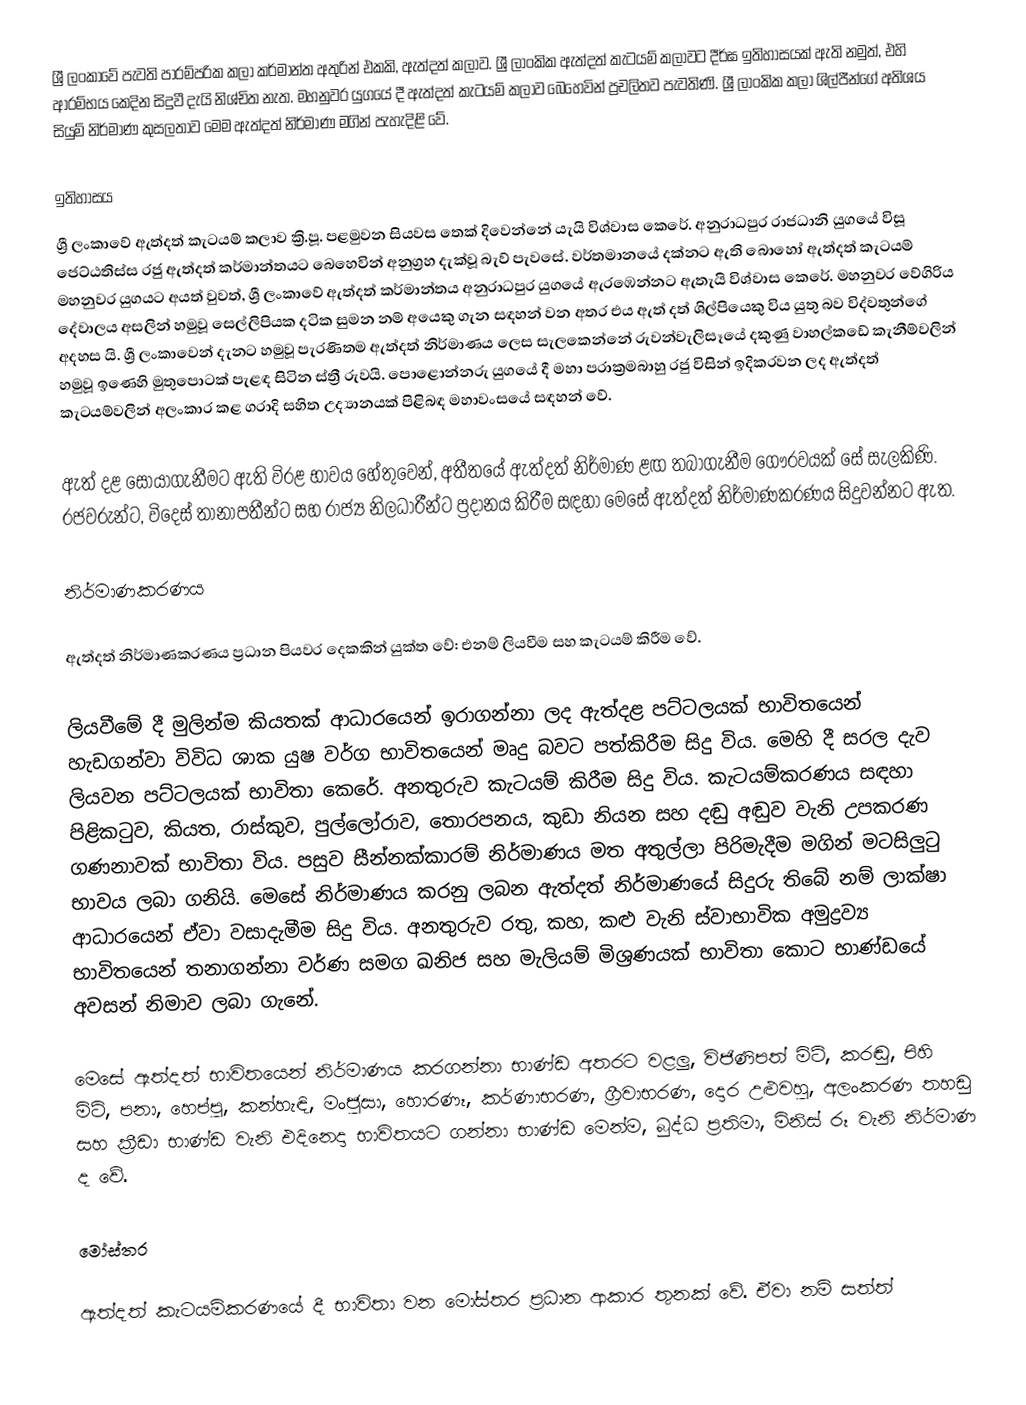
ශ්‍රී ලංකාවේ පැවති පාරම්පරික කලා කර්මාන්ත අතුරින් එකකි, ඇත්දත් කලාව. ශ්‍රී ලාංකික ඇත්දත් කැටයම් කලාවට දීර්ඝ ඉතිහාසයක් ඇති නමුත්, එහි ආරම්භය කෙදින සිදුවී දැයි නිශ්චිත නැත.  මහනුවර යුගයේ දී ඇත්දත් කැටයම් කලාව බෙහෙවින් ප්‍රචලිතව පැවතිණි. ශ්‍රී ලාංකික කලා ශිල්පීන්ගේ අතිශය සියුම් නිර්මාණ කුසලතාව මෙම ඇත්දත් නිර්මාණ මගින් පැහැදිළි වේ.

ඉතිහාසය
ශ්‍රී ලංකාවේ ඇත්දත් කැටයම් කලාව ක්‍රි.පූ. පළමුවන සියවස තෙක් දිවෙන්නේ යැයි විශ්වාස කෙරේ. අනුරාධපුර රාජධානි යුගයේ විසූ ජෙට්ඨතිස්ස රජු ඇත්දත් කර්මාන්තයට බෙහෙවින් අනුග්‍රහ දැක්වූ බැව් පැවසේ.  වර්තමානයේ දක්නට ඇති බොහෝ ඇත්දත් කැටයම් මහනුවර යුගයට අයත් වුවත්, ශ්‍රී ලංකාවේ ඇත්දත් කර්මාන්තය අනුරාධපුර යුගයේ ඇරඹෙන්නට ඇතැයි විශ්වාස කෙරේ. මහනුවර වේගිරිය දේවාලය අසලින් හමුවූ සෙල්ලිපියක දටික සුමන නම් අයෙකු ගැන සඳහන් වන අතර එය ඇත් දත්  ශිල්පියෙකු විය යුතු බව විද්වතුන්ගේ අදහස යි.  ශ්‍රී ලංකාවෙන් දැනට හමුවූ පැරණිතම ඇත්දත් නිර්මාණය ලෙස සැලකෙන්නේ රුවන්වැලිසෑයේ දකුණු වාහල්කඩේ කැනීම්වලින් හමුවූ ඉණෙහි මුතුපොටක් පැළඳ සිටින ස්ත්‍රී රුවයි. පොළොන්නරු යුගයේ දී මහා පරාක්‍රමබාහු රජු විසින් ඉදිකරවන ලද ඇත්දත් කැටයම්වලින් අලංකාර කළ ගරාදි සහිත උද්‍යානයක් පිළිබඳ මහාවංසයේ සඳහන් වේ.

ඇත් දළ සොයාගැනීමට ඇති විරළ භාවය හේතුවෙන්, අතීතයේ ඇත්දත් නිර්මාණ ළඟ තබාගැනීම ගෞරවයක් සේ සැලකිණි. රජවරුන්ට, විදෙස් තානාපතීන්ට සහ රාජ්‍ය නිලධාරීන්ට ප්‍රදානය කිරීම සඳහා මෙසේ ඇත්දත් නිර්මාණකරණය සිදුවන්නට ඇත.

නිර්මාණකරණය

ඇත්දත් නිර්මාණකරණය ප්‍රධාන පියවර දෙකකින් යුක්ත වේ: එනම් ලියවීම සහ කැටයම් කිරීම වේ.

ලියවීමේ දී මුලින්ම කියතක් ආධාරයෙන් ඉරාගන්නා ලද ඇත්දළ පට්ටලයක් භාවිතයෙන් හැඩගන්වා විවිධ ශාක යුෂ වර්ග භාවිතයෙන් මෘදු බවට පත්කිරීම සිදු විය. මෙහි දී සරල දැව ලියවන පට්ටලයක් භාවිතා කෙරේ. අනතුරුව කැටයම් කිරීම සිදු විය. කැටයම්කරණය සඳහා පිළිකටුව, කියත, රාස්කුව, පුල්ලෝරාව, තොරපනය, කුඩා නියන සහ දඬු අඬුව වැනි උපකරණ ගණනාවක් භාවිතා විය. පසුව සීන්නක්කාරම් නිර්මාණය මත අතුල්ලා පිරිමැදීම මගින් මටසිලුටු භාවය ලබා ගනියි. මෙසේ නිර්මාණය කරනු ලබන ඇත්දත් නිර්මාණයේ සිදුරු තිබේ නම් ලාක්ෂා ආධාරයෙන් ඒවා වසාදැමීම සිදු විය. අනතුරුව රතු, කහ, කළු වැනි ස්වාභාවික අමුද්‍රව්‍ය භාවිතයෙන් තනාගන්නා වර්ණ සමග ඛනිජ සහ මැලියම් මිශ්‍රණයක් භාවිතා කොට භාණ්ඩයේ අවසන් නිමාව ලබා ගැනේ.

මෙසේ ඇත්දත් භාවිතයෙන් නිර්මාණය කරගන්නා භාණ්ඩ අතරට වළලු, විජිණිපත් මිටි, කරඬු, පිහි මිටි, පනා, හෙප්පු, කන්හැඳි, මංජුසා, හොරණෑ, කර්ණාභරණ, ග්‍රීවාභරණ, දොර උළුවහු, අලංකරණ තහඩු සහ ක්‍රීඩා භාණ්ඩ වැනි එදිනෙදා භාවිතයට ගන්නා භාණ්ඩ මෙන්ම, බුද්ධ ප්‍රතිමා, මිනිස් රූ වැනි නිර්මාණ ද වේ.

මෝස්තර

ඇත්දත් කැටයම්කරණයේ දී භාවිතා වන මෝස්තර ප්‍රධාන ආකාර තුනක් වේ. ඒවා නම් සත්ත්